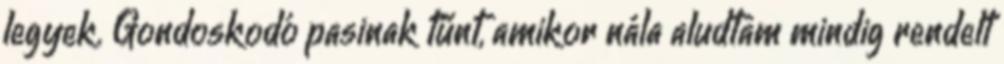
legyek. Gondoskodó pasinak tűnt, amikor nála aludtam mindig rendelt